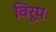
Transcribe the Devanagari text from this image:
विरूपः